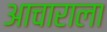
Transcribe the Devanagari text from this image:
आचाराला